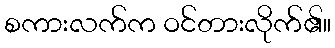
စကားလက်က ဝင်တားလိုက်၏။